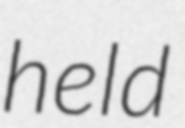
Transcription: held